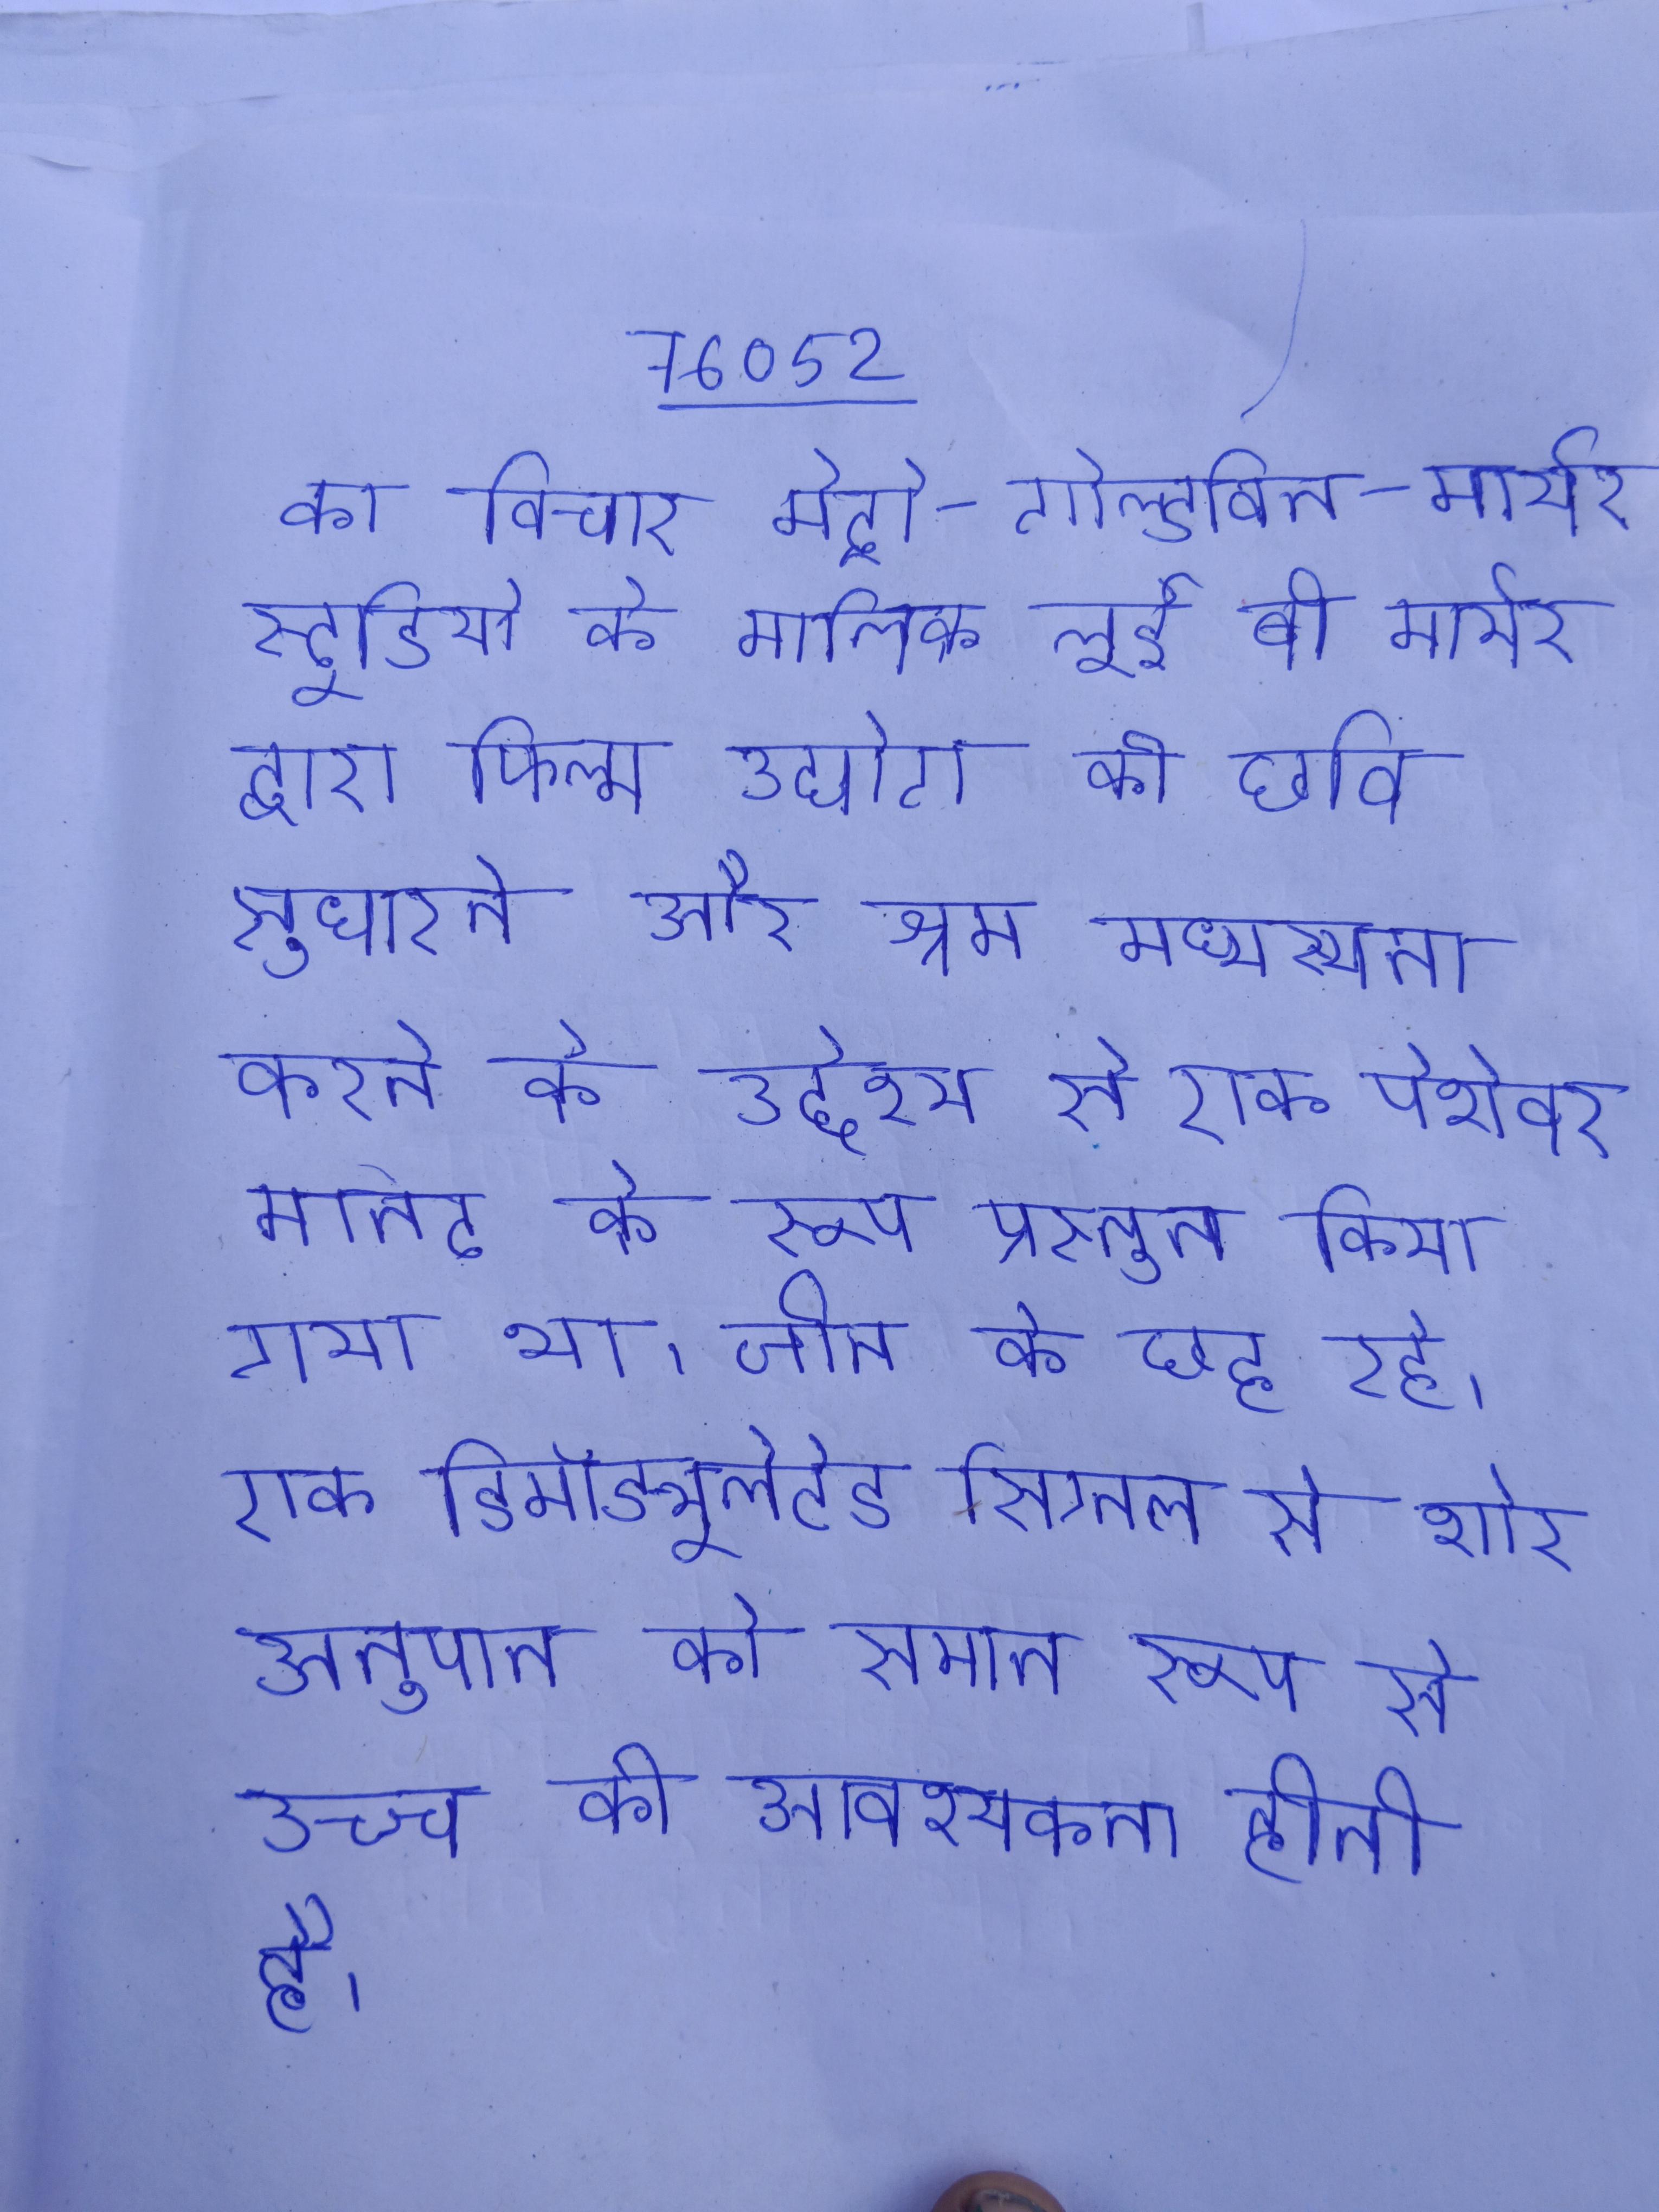
का विचार मेट्रो-गोल्डविन-मायेर स्टूडियो के मालिक लुई बी मायेर द्वारा फिल्म उद्योग की छवि सुधारने और श्रम मध्यस्थता करने के उद्देश्य से एक पेशेवर मानद के रूप प्रस्तुत किया गया था । जीन के छह रहे । एक रेखीय अधिमिश्रण विधि है, तो एक डिमॉड्यूलेटेड सिग्नल से शोर अनुपात को समान रूप से उच्च की आवश्यकता होती है ।